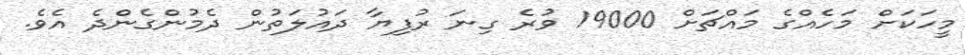
މީހަކަށް މަހެއްގެ މައްޗަށް 19000 ވުރެ ގިނަ ރުފިޔާ ދައުލަތުން ދެމުންގެންދެ އެވެ.